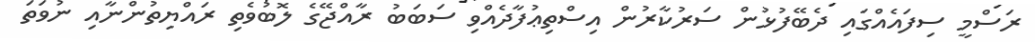
ރަސްމީ ސިފައެއްގައި ދެބޭފުޅުން ސަރުކާރުން އިސްތިޢުފާދެއްވި ސަބަބު ރާއްޖޭގެ ލޮބުވެތި ރައްޔިތުންނާއި ނުވަތަ